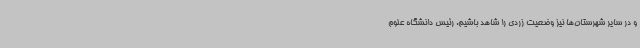
و در سایر شهرستان‌ها نیز وضعیت زردی را شاهد باشیم. رئیس دانشگاه علوم